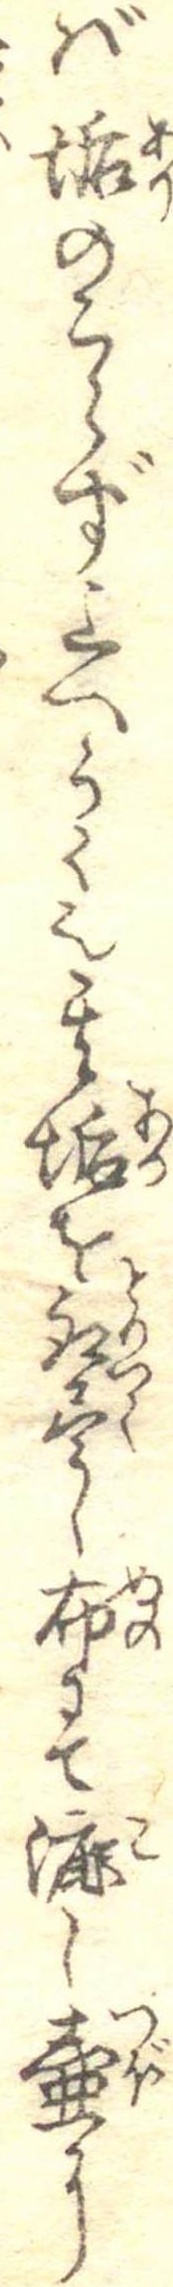
ば垢のこらず上へうく也其垢を取尽し布にて漉し壷に